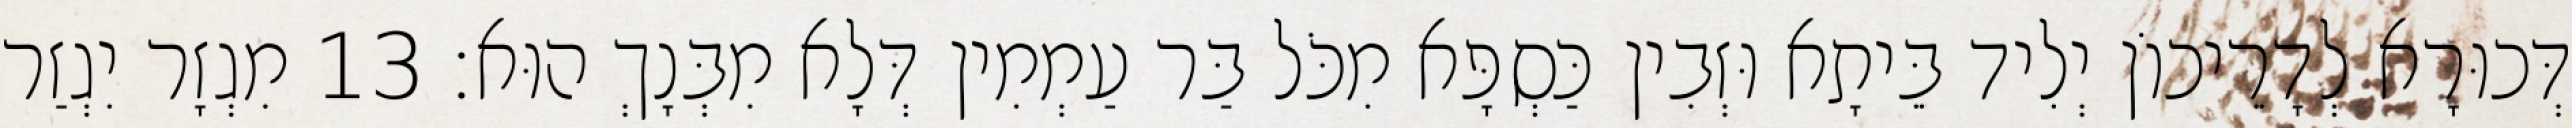
דְּכוּרָא לְדָרֵיכוֹן יְלִיד בֵּיתָא וּזְבִין כַּסְפָּא מִכֹּל בַּר עַמְמִין דְּלָא מִבְּנָךְ הוּא׃ 13 מִגְזָר יִגְזַר